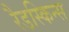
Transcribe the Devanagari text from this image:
रैडस्किन्स